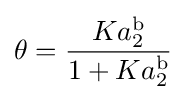
\theta ={\frac {Ka_{2}^{\text{b}}}{1+Ka_{2}^{\text{b}}}}